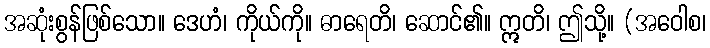
အဆုံးစွန်ဖြစ်သော။ ဒေဟံ၊ ကိုယ်ကို။ ဓာရေတိ၊ ဆောင်၏။ ဣတိ၊ ဤသို့။ (အဝေါစ၊